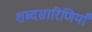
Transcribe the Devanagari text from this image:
शब्दसारिणियाँ